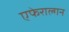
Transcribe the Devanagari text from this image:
एफेराल्गन